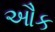
ઔક